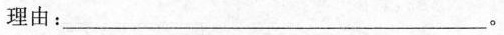
理由：___。